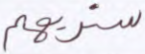
سنريهم